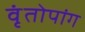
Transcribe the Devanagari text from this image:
वृंतोपांग